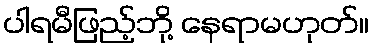
ပါရမီဖြည့်ဘို့ နေရာမဟုတ်။